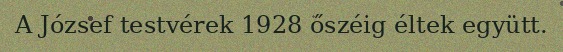
A József testvérek 1928 őszéig éltek együtt.